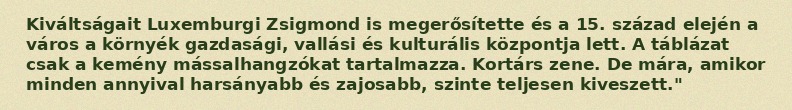
Kiváltságait Luxemburgi Zsigmond is megerősítette és a 15. század elején a város a környék gazdasági, vallási és kulturális központja lett. A táblázat csak a kemény mássalhangzókat tartalmazza. Kortárs zene. De mára, amikor minden annyival harsányabb és zajosabb, szinte teljesen kiveszett."